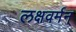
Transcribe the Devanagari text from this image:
लक्षवर्मन्‌